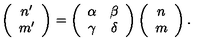
\left( \begin{array} { c } { n ^ { \prime } } \\ { m ^ { \prime } } \\ \end{array} \right) = \left( \begin{array} { c c } { \alpha } & { \beta } \\ { \gamma } & { \delta } \\ \end{array} \right) \left( \begin{array} { c } { n } \\ { m } \\ \end{array} \right) .